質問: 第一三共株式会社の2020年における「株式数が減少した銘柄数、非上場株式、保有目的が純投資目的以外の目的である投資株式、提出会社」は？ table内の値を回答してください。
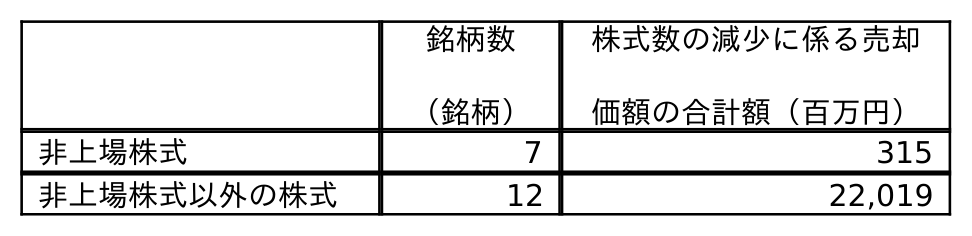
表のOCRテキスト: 銘柄数 （銘柄） 株式数の減少に係る売却 価額の合計額（百万円） 非上場株式 7 315 非上場株式以外の株式 12 22,019
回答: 7